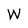
Character: W